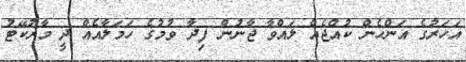
އަހަރުގެ އަންހެން ކުއްޖެއް ލައްވާ ޖާނުން ފިދާ ވުމުގެ ހަމަލާއެއް ދީ މާރުކޭޓު